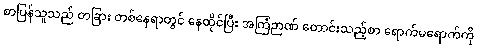
စာပြန်သူသည် တခြား တစ်နေရာတွင် နေထိုင်ပြီး အကြံဉာဏ် တောင်းသည့်စာ ရောက်မရောက်ကို